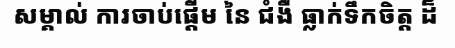
សម្គាល់ ការចាប់ផ្តើម នៃ ជំងឺ ធ្លាក់ទឹកចិត្ត ដ៏